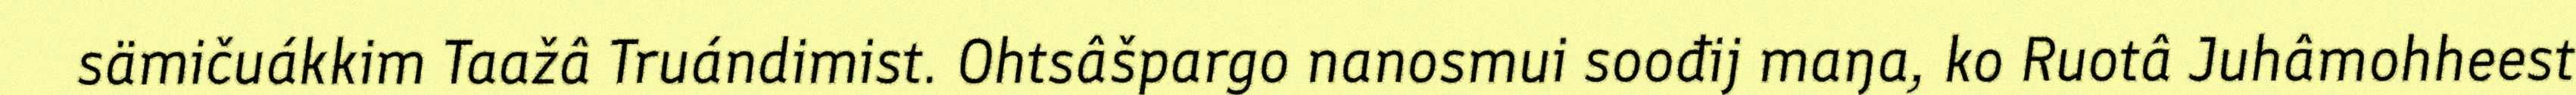
sämičuákkim Taažâ Truándimist. Ohtsâšpargo nanosmui soođij maŋa, ko Ruotâ Juhâmohheest